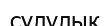
сүлулық